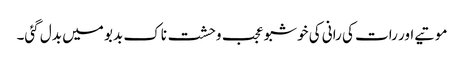
موتیے اور رات کی رانی کی خوشبو عجب وحشت ناک بدبو میں بدل گئی۔